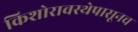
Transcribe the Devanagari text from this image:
किशोरावस्थेपासूनच